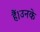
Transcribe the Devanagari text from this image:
हैं।उनके